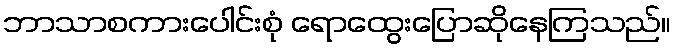
ဘာသာစကားပေါင်းစုံ ရောထွေးပြောဆိုနေကြသည်။